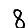
Digit: 8